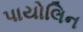
પાયોલિન